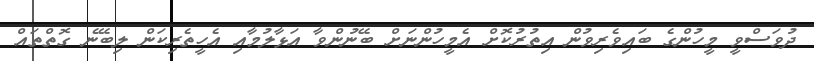
ދުވަސްވީ މީހުންގެ ބައިވެރިވުން އިތުރުކޮށް އެމީހުންނަށް ބޭނުންވާ އަޅާލުމާއި އެހީތެރިކަން ލިބޭނެ ގޮތްތައް